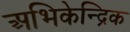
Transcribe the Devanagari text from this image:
अभिकेन्द्रिक